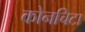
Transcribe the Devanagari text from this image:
कोनचिटा